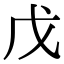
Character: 戊